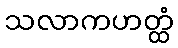
သလာကဟတ္ထံ